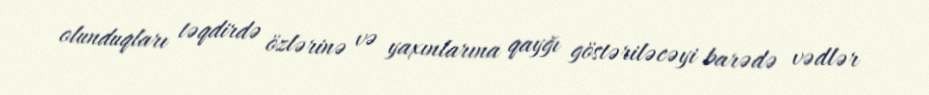
olunduqları təqdirdə özlərinə və yaxınlarına qayğı göstəriləcəyi barədə vədlər